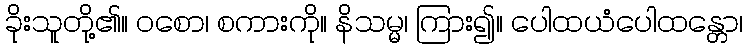
ခိုးသူတို့၏။ ဝစော၊ စကားကို။ နိသမ္မ၊ ကြား၍။ ပေါထယံပေါထန္တော၊